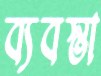
ব্যবস্তা